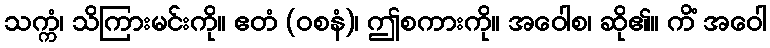
သက္ကံ၊ သိကြားမင်းကို။ ဧတံ (ဝစနံ)၊ ဤစကားကို။ အဝေါစ၊ ဆို၏။ ကိံ အဝေါ